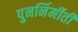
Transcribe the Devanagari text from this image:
पुनर्निर्मीती